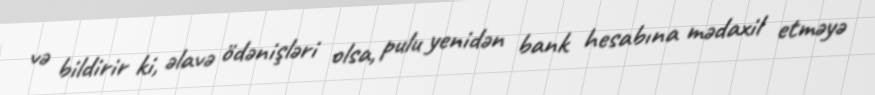
və bildirir ki, əlavə ödənişləri olsa, pulu yenidən bank hesabına mədaxil etməyə